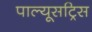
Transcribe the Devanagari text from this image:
पाल्यूसट्रिस